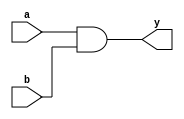
module and_gate_primitive (
    input wire a,
    input wire b,
    output wire y
);
    and (y, a, b);
endmodule